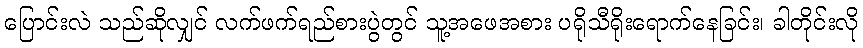
ပြောင်းလဲ သည်ဆိုလျှင် လက်ဖက်ရည်စားပွဲတွင် သူ့အဖေအစား ပရိုသီရိုးရောက်နေခြင်း၊ ခါတိုင်းလို